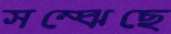
সম্‌ঝেছে